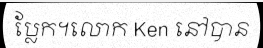
ប្លែក។លោក Ken នៅបាន